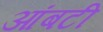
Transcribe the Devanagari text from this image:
आंबटी